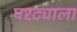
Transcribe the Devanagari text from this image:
घरट्याला